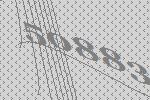
50883